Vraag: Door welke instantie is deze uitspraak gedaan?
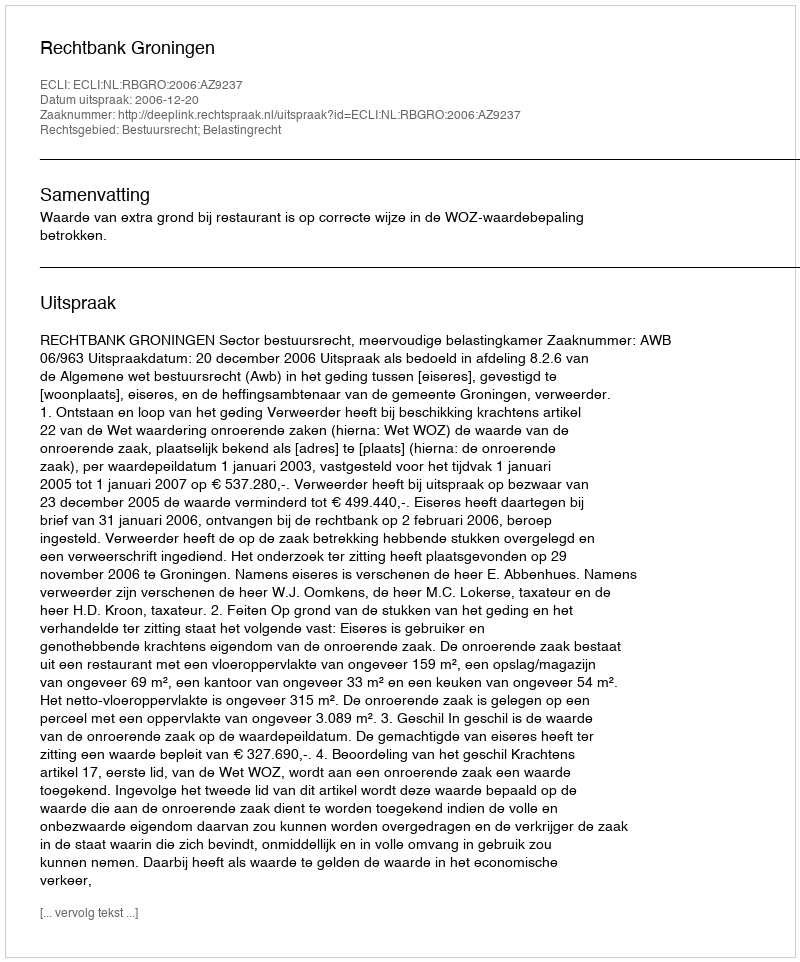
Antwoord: Rechtbank Groningen